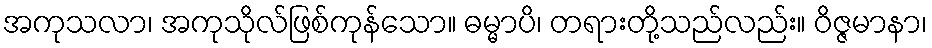
အကုသလာ၊ အကုသိုလ်ဖြစ်ကုန်သော။ ဓမ္မာပိ၊ တရားတို့သည်လည်း။ ဝိဇ္ဇမာနာ၊